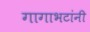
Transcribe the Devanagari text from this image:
गागाभटांनी